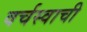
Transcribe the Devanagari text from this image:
वर्चस्वाची